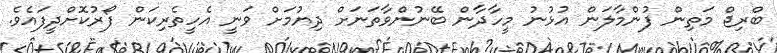
ބްރިޖް މަތިން ފުންމާލަން އުޅުނު މީހާދާން ބޭނުންވާތަނަށް ދިޔުމަށް ވަނީ އެހީތެރިކަން ފޯރުކޮށްދީފައެވެ.